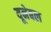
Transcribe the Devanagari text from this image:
यूनेबल